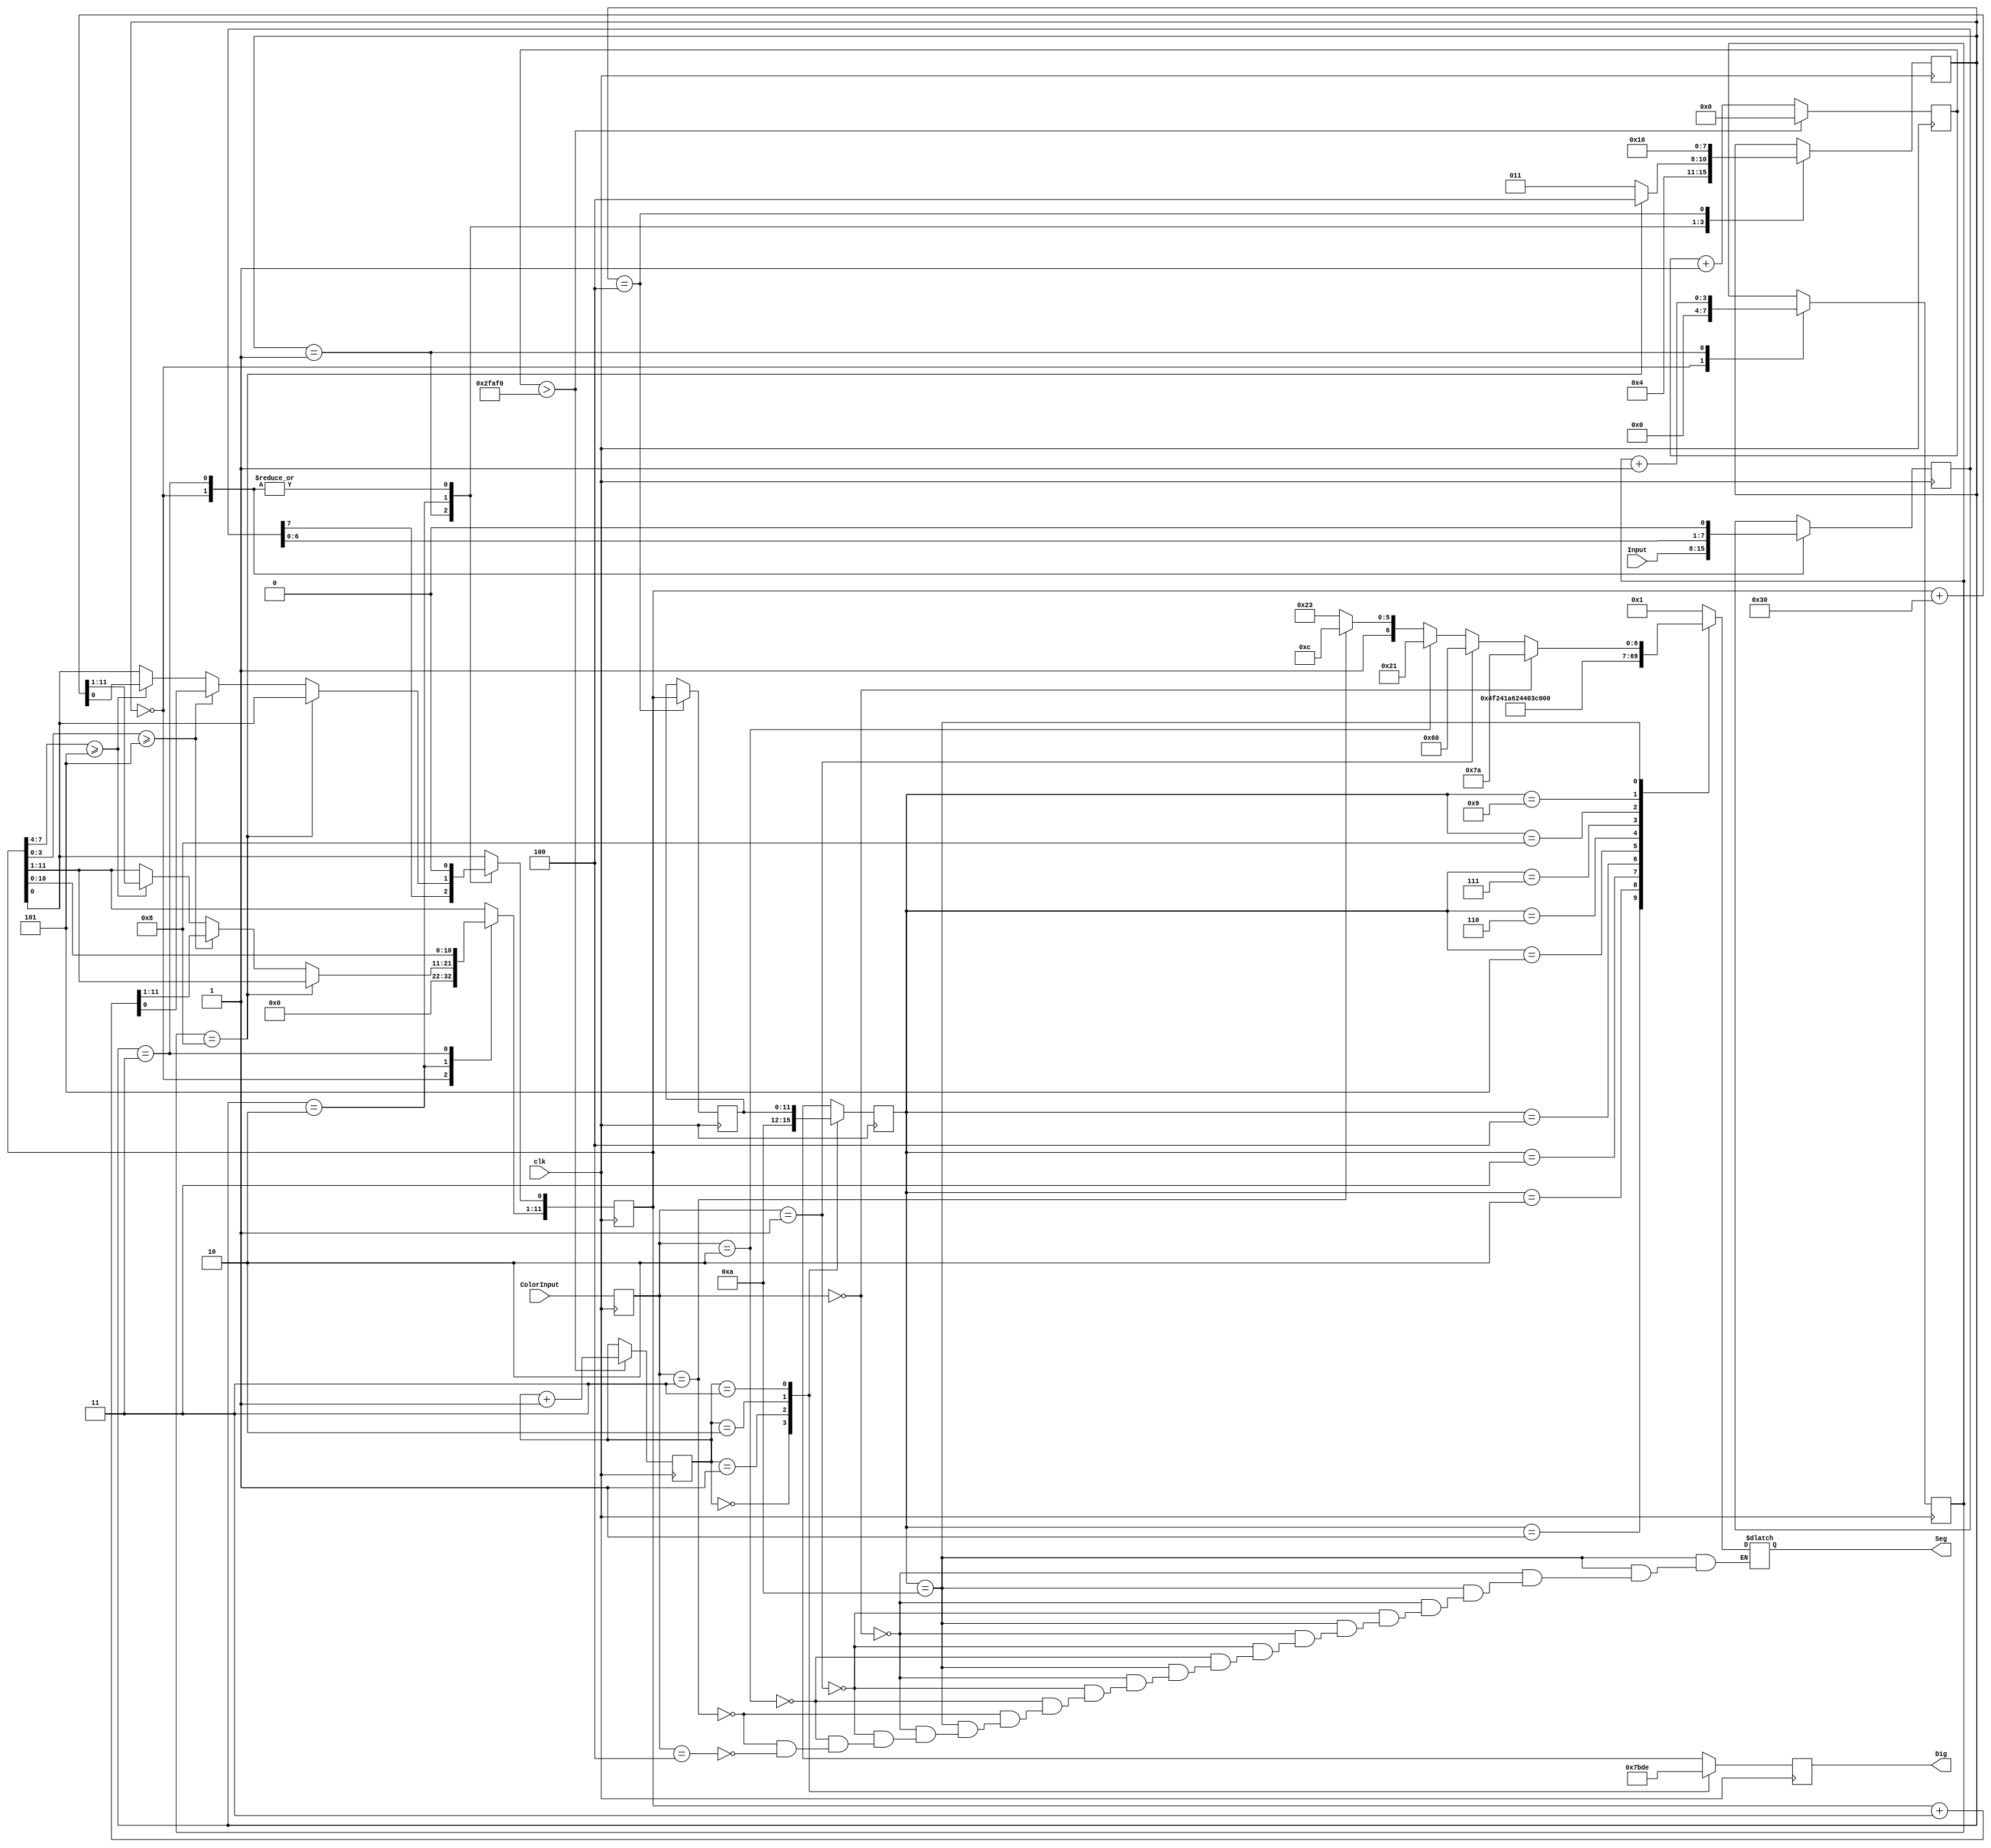
`timescale 1ns / 1ps
//Used to display values for the Top.V module. Specfically made for color sensor. Not used in topmodule.

module Disp(
    input  clk,
    input [7:0] Input, // this is the percentage
    input [3:0] ColorInput, // this is the color that was found by the color module
    output reg [3:0] Dig, // controls what digit is on
    output reg [6:0] Seg // controls the segments of the digits
    );
    
    reg [1:0] CaseDis = 0; // controls what digit is on
    reg [17:0] CountDown = 0; // controls how long before turning on the next digit
    reg [3:0] NumOut = 0; // this is the state that is used to turn on the segments
    reg [3:0] ColorType; // input from the top module that shows what color was found by the color module
    reg [11:0] bcd = 0;
    reg [3:0] i = 0;
    reg [3:0]BCDCase = 0;
    reg [7:0] Perc = 0;
    reg [11:0] BCDOut = 0;
    
    localparam max = 'd195312; // how long each digit will be turned on for, about 1/500th of a second
    
    always @(posedge clk)
    begin
        ColorType = ColorInput; // sets the input form the top module to this reg
        if (CountDown > max) // when max is reached switches to the next digit to be turned on
        begin
            CaseDis = CaseDis + 1; // adds one to the case called CaseDis that controls what digit is to tbe turned on
            CountDown = 0; // resets the count to 0
        end
        else
        begin
            CountDown = CountDown + 1; // if max has not been reached adds one to the count
        end
        case (BCDCase)
        0:
        begin
            Perc <= Input;
            bcd <= 0;
            i <= 0;
            BCDCase <= 1;
        end
        1:
        begin
            bcd[0] <= Perc[7];
            BCDCase <= 2;
            i <= i + 1;
        end
        2:
        begin
            if (i == 8)
            begin
                BCDCase <= 4;
            end
            else
            begin
                if (bcd[7:4] >= 5)
                    bcd <= bcd + 48;
                if (bcd[3:0] >= 5)
                    bcd <= bcd + 3;
                BCDCase <= 3;
            end
        end
        3:
        begin
            bcd <= bcd << 1;
            Perc <= Perc << 1;
            BCDCase <= 1;
        end
        4:
        begin
            BCDOut = bcd;
            BCDCase <= 0;
        end
        endcase
    end
    
    always @(posedge clk) // controls the outputs
    begin
        case (CaseDis) // case for the digits
        2'b00: // first digit that is the color type r, b, G, Y, u
            begin
                Dig = 4'b0111;
                NumOut = 4'b1010; // this sets the case to show the leter based on an input form the top module
            end
        2'b01: // third digit
            begin
                Dig = 4'b1011;
                NumOut = BCDOut[11:8];
            end
        2'b10: // controls the second digit 
            begin
                Dig = 4'b1101;
                NumOut = BCDOut[7:4];
            end
        2'b11: // first digit
            begin
                Dig = 4'b1110; 
                NumOut = BCDOut[3:0];
            end
        endcase
        end

    always @(*) // contains the case statment that controls binary number written to the segments
    begin
        case (NumOut) // list of 0 - 9
        4'b0000: Seg = 7'b0000001; // 0
        4'b0001: Seg = 7'b1001111; // 1
        4'b0010: Seg = 7'b0010010; // 2
        4'b0011: Seg = 7'b0000110; // 3
        4'b0100: Seg = 7'b1001100; // 4
        4'b0101: Seg = 7'b0100100; // 5
        4'b0110: Seg = 7'b0100000; // 6
        4'b0111: Seg = 7'b0001111; // 7
        4'b1000: Seg = 7'b0000000; // 8
        4'b1001: Seg = 7'b0000100; // 9
        4'b1010: // this case is used to write out the leters r, b, G, Y, u
        begin
            if (ColorType == 0) // if color is red
            begin
                Seg = 7'b1111010;
            end
            else if (ColorType == 1) // if color is blue
            begin
                Seg = 7'b1100000;
            end
            else if (ColorType == 2) // if color is green
            begin
                Seg = 7'b0100001;
            end
            else if (ColorType == 3) // yellow
            begin 
                Seg = 7'b1001100;
            end
            else if (ColorType == 4) // unknown
            begin
                Seg = 7'b1100011;
            end
        end
        default: Seg = 7'b0000001; // if the case does not match any of the given number then ouputs 0
        endcase
    end
    
    
endmodule